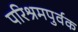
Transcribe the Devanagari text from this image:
परिश्रमपुर्वक